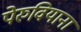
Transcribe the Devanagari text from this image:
पेरुवियाना